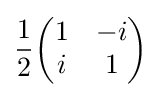
{\frac {1}{2}}{\begin{pmatrix}1&-i\\i&1\end{pmatrix}}